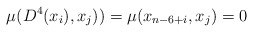
\begin{align*}\mu(D^4(x_i),x_{j})) = \mu(x_{n-6+i},x_{j}) = 0\end{align*}